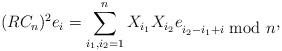
LaTeX: \begin{align*}(RC_n)^2e_i=\sum_{i_1,i_2=1}^nX_{i_1}X_{i_2}e_{i_2-i_1+i \mbox{ mod $n$}},\end{align*}